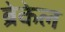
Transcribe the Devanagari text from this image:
ब्रेकेल